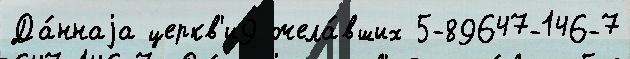
Да́ннаjа церкв'и9 жела́вших 5-89647-146-7